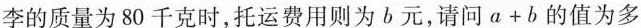
角李的质量为80千克时，托运费用则为b元，请问$$a + b$$的值为多